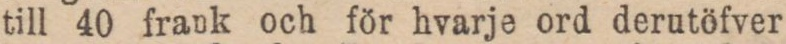
till 40 frank och för hvarje ord derutöfver